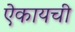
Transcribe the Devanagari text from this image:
ऐकायची